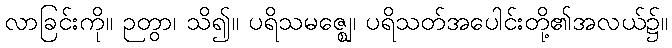
လာခြင်းကို။ ဉတွာ၊ သိ၍။ ပရိသမဇ္ဈေ၊ ပရိသတ်အပေါင်းတို့၏အလယ်၌။